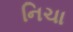
નિચા